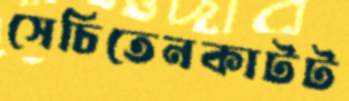
সেচিতেনকাটট